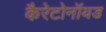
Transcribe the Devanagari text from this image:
कैरेटोनॉयड